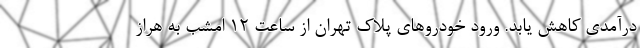
درآمدی کاهش یابد. ورود خودروهای پلاک تهران از ساعت 12 امشب به هراز